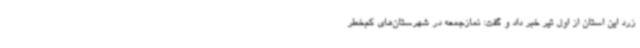
زرد این استان از اول تیر خبر داد و گفت: نمازجمعه در شهرستان‌های کم‌خطر